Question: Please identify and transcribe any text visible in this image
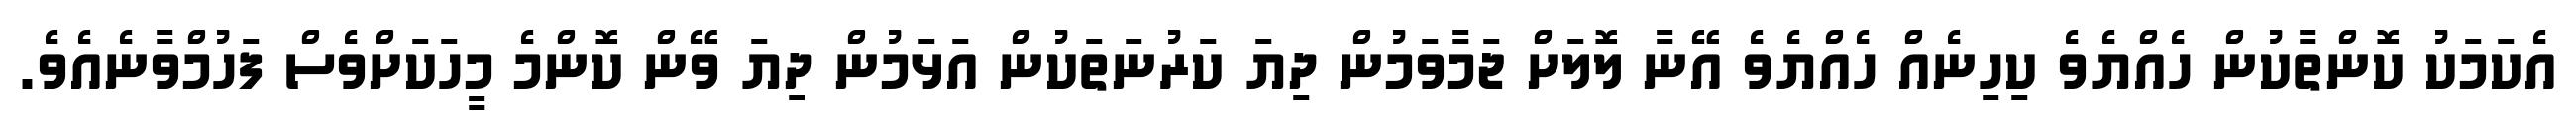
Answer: އެކަމަކު ކޮންތާކުން ހެއްޔެވެ ކިހިނެއް ހެއްޔެވެ އޭނާ ލޮލަށް ޖަމާވަމުން ދިޔަ ކަރުނަތަކުން އަޅަމުން ދިޔަ ވޭން ކޮންމެ މީހަކަށްވެސް ފަހުމްވާނެއެވެ.